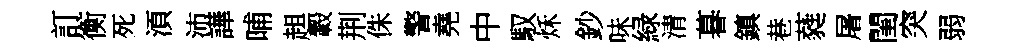
訂衡死湏沛譁晡趄轂荆侏警堯中馭秌鈔味緑清暮鎮巷蕤屠閨突弱